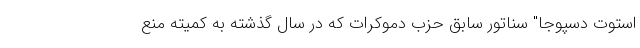
استوت دسپوجا" سناتور سابق حزب دموکرات که در سال گذشته به کمیته منع